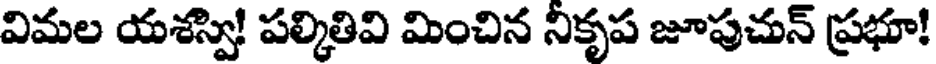
విమల యశస్వి! పల్కితివి మించిన నికృప జూపుచున్ ప్రభూ!